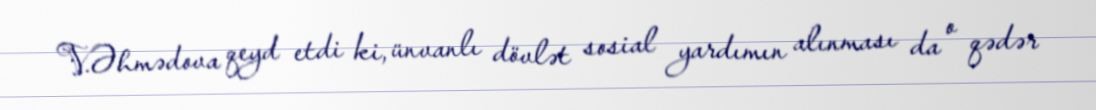
V.Əhmədova qeyd etdi ki, ünvanlı dövlət sosial yardımın alınması da o qədər